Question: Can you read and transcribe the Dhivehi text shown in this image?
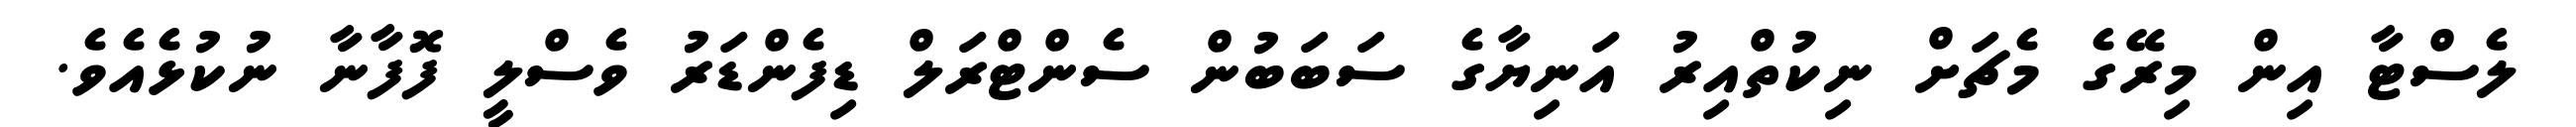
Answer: ލެސްޓާ އިން މިރޭގެ މެޗަށް ނިކުތްއިރު އަނިޔާގެ ސަބަބުން ސެންޓްރަލް ޑިފެންޑަރު ވެސްލީ ފޮފާނާ ނުކުޅެއެވެ.